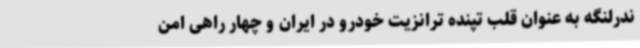
ندرلنگه به عنوان قلب تپنده ترانزیت خودرو در ایران و چهار راهی امن